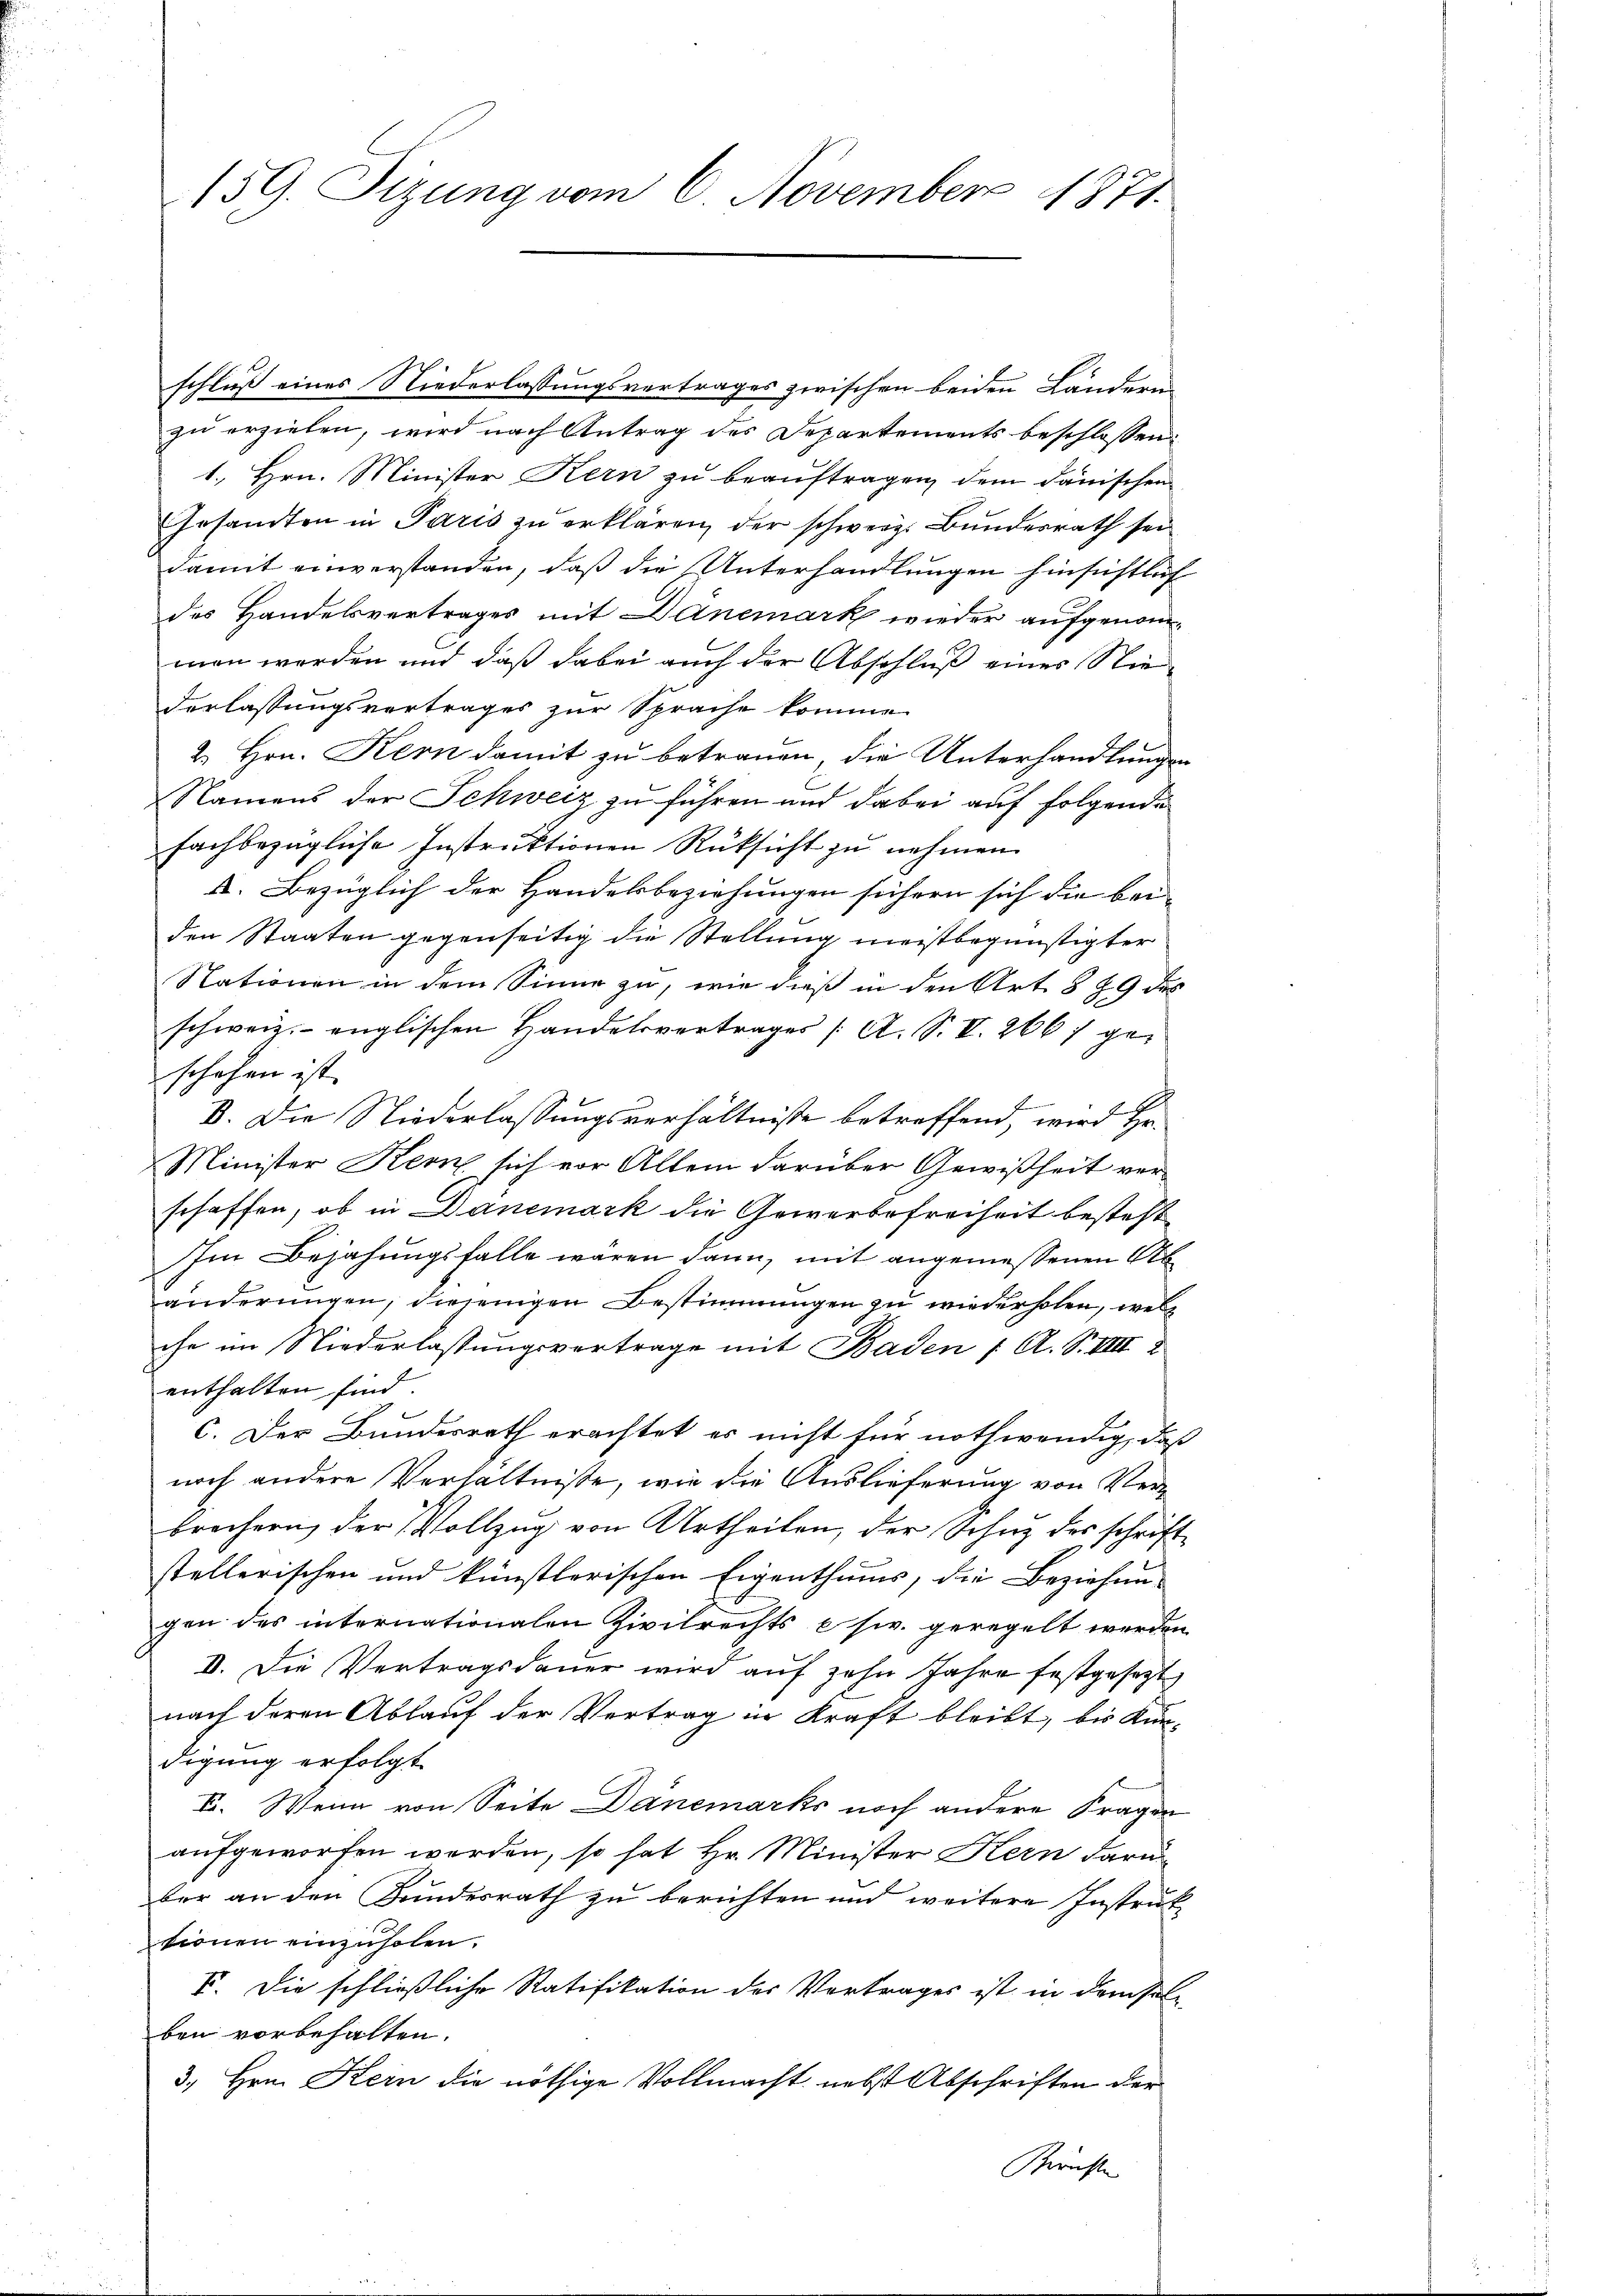
159. Sizung vom 6. November 1871.

schluß eines Niederlassungsvertrages zwischen beiden Ländern
zu erzielen, wird nach Antrag des Departements beschlossen:
1. Hrn. Minister Kern zu beauftragen, dem dänischen
Gesamten in Paris zu erklären, der schweiz. Bundesrath sei
damit einverstanden, daß die Unterhandlungen hinsichtlich
des Handelsvertrages mit Danemark wieder aufgenommen werden und daß dabei auch der Abschluß eines Niederlassungsvertrages zur Sprache komme.
2. Hrn. Kern damit zu betrauen, die Unterhandlungen
Namens der Schweiz zu führen und dabei auf folgende
fachbezügliche Instruktionen Rüksicht zu nehmen
I. Bezüglich der Handelsbeziehungen sichern sich die bei
den Staaten gegenseitig die Stellung meistbegünstigter
Nationen in dem Sinne zu, wie dieß in den Art. § 29 des
schweiz. englischen Handelsvertrages (A. S. V. 266) geschehen ist.
B. Die Niederlassungsverhältniße betreffend, wird Hr.
Minister Kern sich vor Allem darüber Gewißheit verschaffen, ob in Danemark die Gewerbefreiheit besteht
Im Bejahungsfalle waren dann, mit angemessenen Abänderungen, diejenigen Bestimmungen zu wiederholen, welch
che im Niederlassungsvertrage mit Baden ( A. S. VIII 2
enthalten sind.
c. Der Bundesrath erachtet er nicht für nothwendig, daß
noch andere Verhältniße, wie die Auslieferung von Verbrechern der Vollzug von Urtheilen, der Schutz des schrift
stellerischen und künstlerischen Eigenthums, die Beziehun-
gen des internationalen Zivilrechts e sr. geregelt werden.
V. Die Vertragsdauer wird auf zehn Jahre festgesetzt
nach deren Ablauf der Vertrag in Kraft bleibt, bis Kundigung erfolgt.
VI. Wenn von Seite Danemarks noch andere Fragen
aufgeworfen werden, so hat Hr. Minister Kern daru-
ber an den Bundesrath zu berichten und weitere Instruk
sionen einzuholen.
V. Die schließliche Statifikation der Vortrages ist in demselben vorbehalten.
3. Hrn. Kern die nöthige Vollmacht nebst Abschriften der
Gerichte